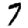
Digit: 7